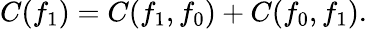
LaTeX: C(f_{1})=C(f_{1},f_{0})+C(f_{0},f_{1}).